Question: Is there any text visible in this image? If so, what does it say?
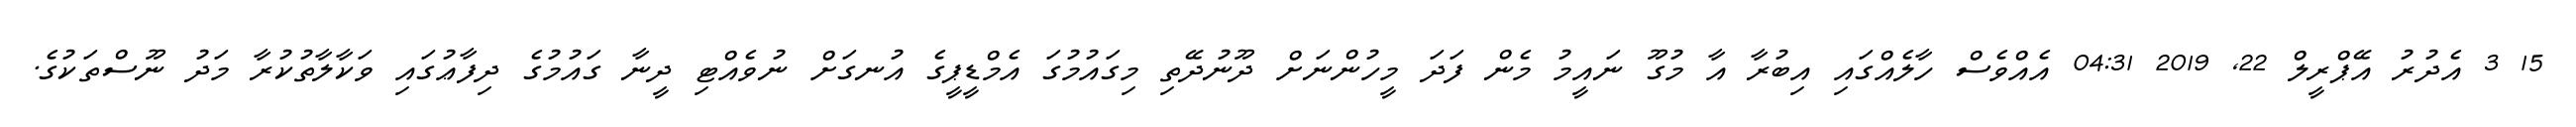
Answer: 15 3 އެދުރު އޭޕްރީލް 22, 2019 04:31 އެއްވެސް ހާލެއްގައި އިބުރާ އާ މުގޫ ނައީމު މެން ފަދަ މީހުންނަށް ދޫނުދޭތި މިގައުމުގަ އެމްޑީޕީގެ އުނގަށް ނުވެއްޓި ދީނާ ގައުމުގެ ދިފާޢުގައި ވަކާލާތުކުރާ މަދު ނޫސްތަކުގެ.